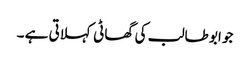
جو ابو طالب کی گھاٹی کہلاتی ہے ۔